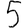
Digit: 5